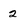
Character: 2